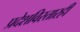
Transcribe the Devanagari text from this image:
प्रदेशविस्तारही